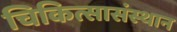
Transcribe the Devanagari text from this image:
चिकित्सासंस्थान